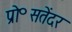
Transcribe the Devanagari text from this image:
प्रो॰सतेंदर